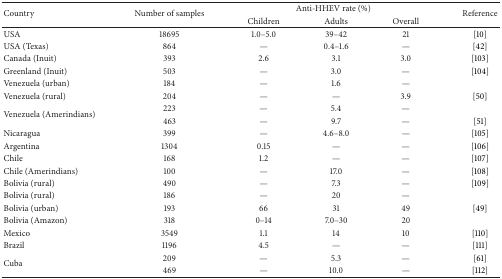
<table><thead><tr><td rowspan="2"><b>Country</b></td><td rowspan="2"><b>Number of samples</b></td><td colspan="3"><b>Anti-HHEV rate (%)</b></td><td rowspan="2"><b>Reference</b></td></tr><tr><td><b>Children</b></td><td><b>Adults</b></td><td><b>Overall</b></td></tr></thead><tbody><tr><td>USA</td><td>18695</td><td>1.0–5.0</td><td>39–42</td><td>21</td><td>[10]</td></tr><tr><td>USA (Texas)</td><td>864</td><td>—</td><td>0.4–1.6</td><td>—</td><td>[42]</td></tr><tr><td>Canada (Inuit)</td><td>393</td><td>2.6</td><td>3.1</td><td>3.0</td><td>[103] </td></tr><tr><td>Greenland (Inuit) </td><td>503</td><td>—</td><td>3.0</td><td>—</td><td>[104] </td></tr><tr><td>Venezuela (urban)</td><td>184</td><td>—</td><td>1.6</td><td>—</td><td> </td></tr><tr><td>Venezuela (rural)</td><td>204</td><td>—</td><td>—</td><td>3.9</td><td>[50]</td></tr><tr><td rowspan="2">Venezuela (Amerindians)</td><td>223</td><td>—</td><td>5.4</td><td>—</td><td> </td></tr><tr><td>463</td><td>—</td><td>9.7</td><td>—</td><td>[51]</td></tr><tr><td>Nicaragua</td><td>399</td><td>—</td><td>4.6–8.0</td><td>—</td><td>[105]</td></tr><tr><td>Argentina</td><td>1304</td><td>0.15</td><td>—</td><td>—</td><td>[106]</td></tr><tr><td>Chile</td><td>168</td><td>1.2</td><td>—</td><td>—</td><td>[107]</td></tr><tr><td>Chile (Amerindians)</td><td>100</td><td>—</td><td>17.0</td><td>—</td><td>[108]</td></tr><tr><td>Bolivia (rural)</td><td>490</td><td>—</td><td>7.3</td><td>—</td><td>[109]</td></tr><tr><td>Bolivia (rural)</td><td>186</td><td>—</td><td>20</td><td>—</td><td> </td></tr><tr><td>Bolivia (urban)</td><td>193</td><td>66</td><td>31</td><td>49</td><td>[49]</td></tr><tr><td>Bolivia (Amazon)</td><td>318</td><td>0–14</td><td>7.0–30</td><td>20</td><td> </td></tr><tr><td>Mexico</td><td>3549</td><td>1.1</td><td>14</td><td>10</td><td>[110]</td></tr><tr><td>Brazil</td><td>1196</td><td>4.5</td><td>—</td><td>—</td><td>[111] </td></tr><tr><td rowspan="2">Cuba</td><td>209</td><td>—</td><td>5.3</td><td>—</td><td>[61]</td></tr><tr><td>469</td><td>—</td><td>10.0</td><td>—</td><td>[112]</td></tr></tbody></table>